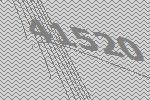
41520